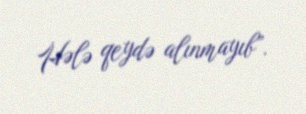
Hələ qeydə alınmayıb”.